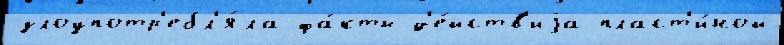
злоупотр'ебл'я́ла фа́кты д'е́йств'иjа пласт'и́ной